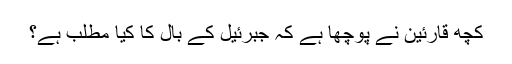
کچھ قارئین نے پوچھا ہے کہ جبرئیل کے بال کا کیا مطلب ہے؟